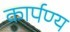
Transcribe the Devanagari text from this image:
कार्पण्य